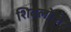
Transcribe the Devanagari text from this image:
शिवलोकं